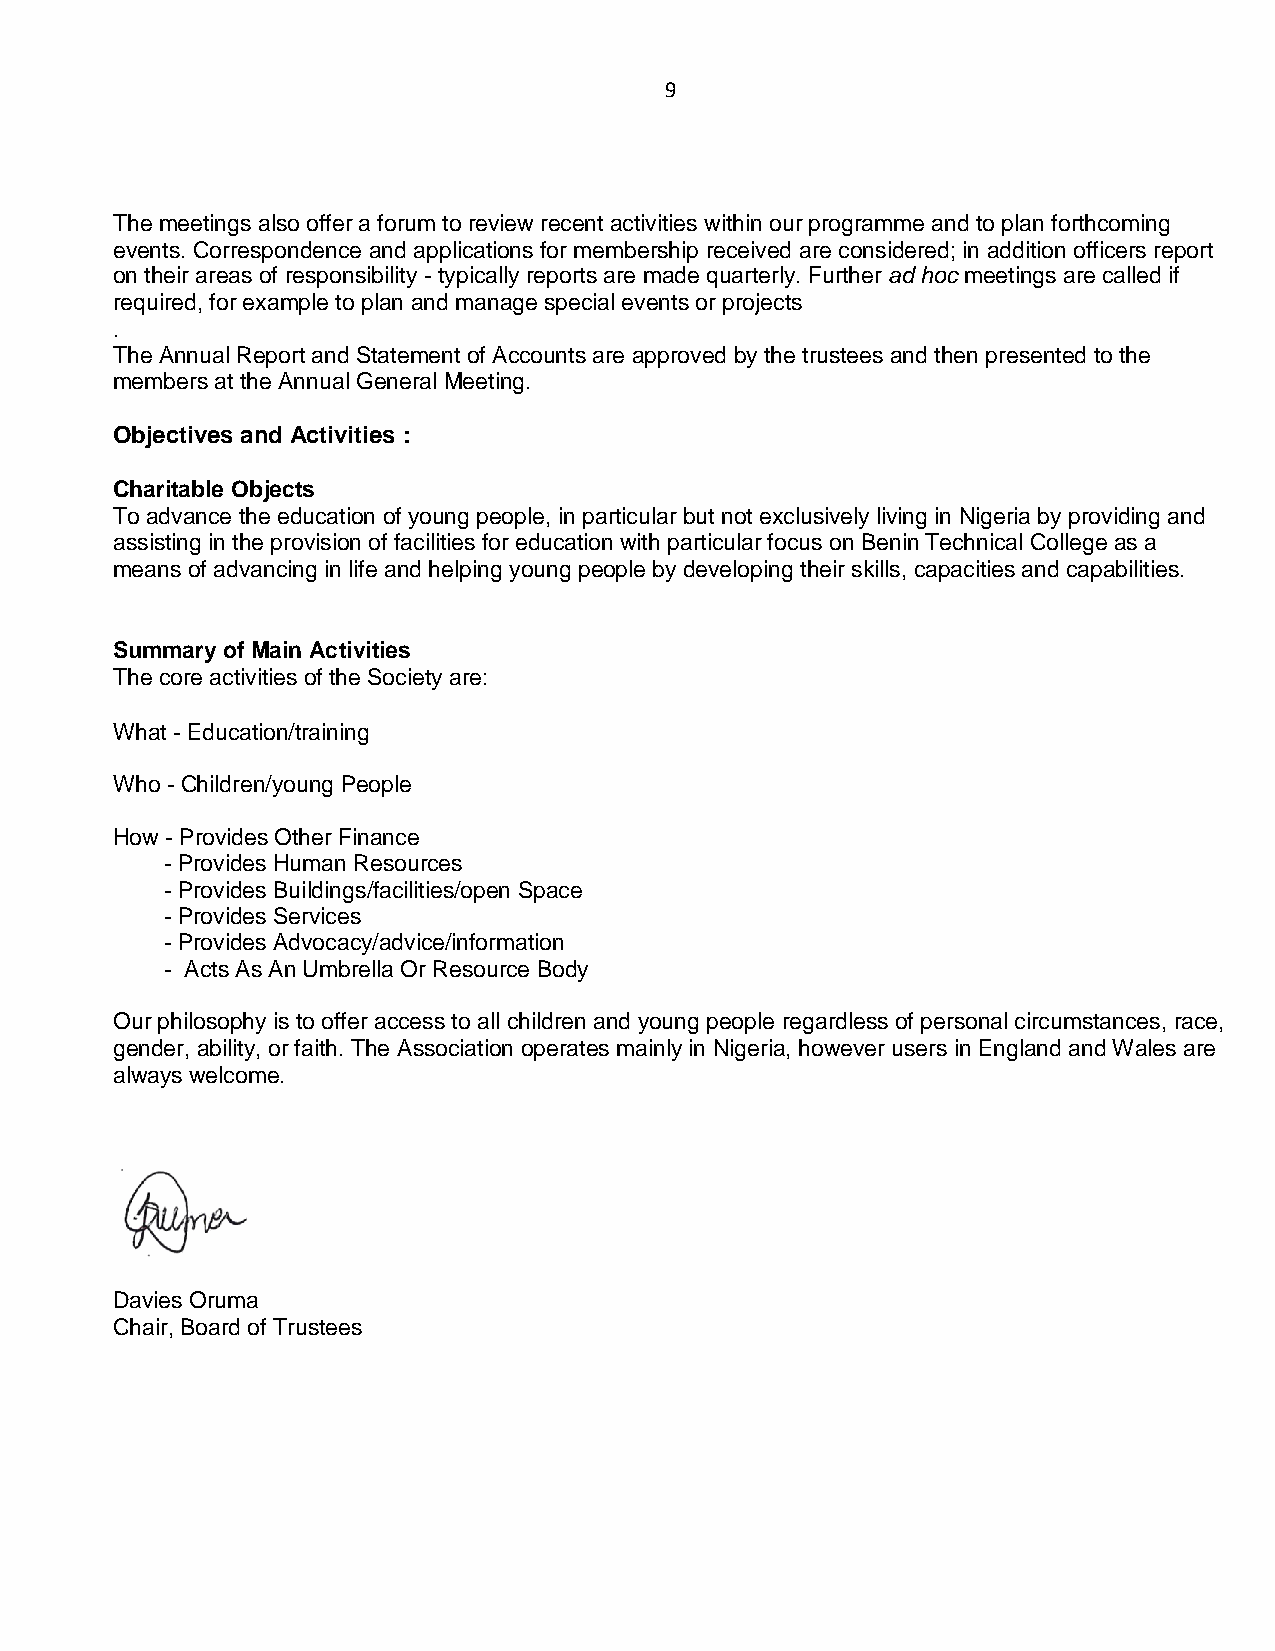
9
 The meetings also offer a forum to review recent activities within our programme and to plan forthcoming
 events. Correspondence and applications for membership received are considered; in addition officers report
 on their areas of responsibility - typically reports are made quarterly. Further ad hoc meetings are called if
 required, for example to plan and manage special events or projects
 .
 The Annual Report and Statement of Accounts are approved by the trustees and then presented to the
 members at the Annual General Meeting.
 Objectives and Activities :
 Charitable Objects
 To advance the education of young people, in particular but not exclusively living in Nigeria by providing and
 assisting in the provision of facilities for education with particular focus on Benin Technical College as a
 means of advancing in life and helping young people by developing their skills, capacities and capabilities.
 Summary of Main Activities
 The core activities of the Society are:
 What - Education/training
 Who - Children/young People
 How - Provides Other Finance
 - Provides Human Resources
 - Provides Buildings/facilities/open Space
 - Provides Services
 - Provides Advocacy/advice/information
 - Acts As An Umbrella Or Resource Body
 Our philosophy is to offer access to all children and young people regardless of personal circumstances, race,
 gender, ability, or faith. The Association operates mainly in Nigeria, however users in England and Wales are
 always welcome.
 Davies Oruma
 Chair, Board of Trustees